Lunatic asylums United Provinces 1909-1921 - 1909-1921
Year: 1909
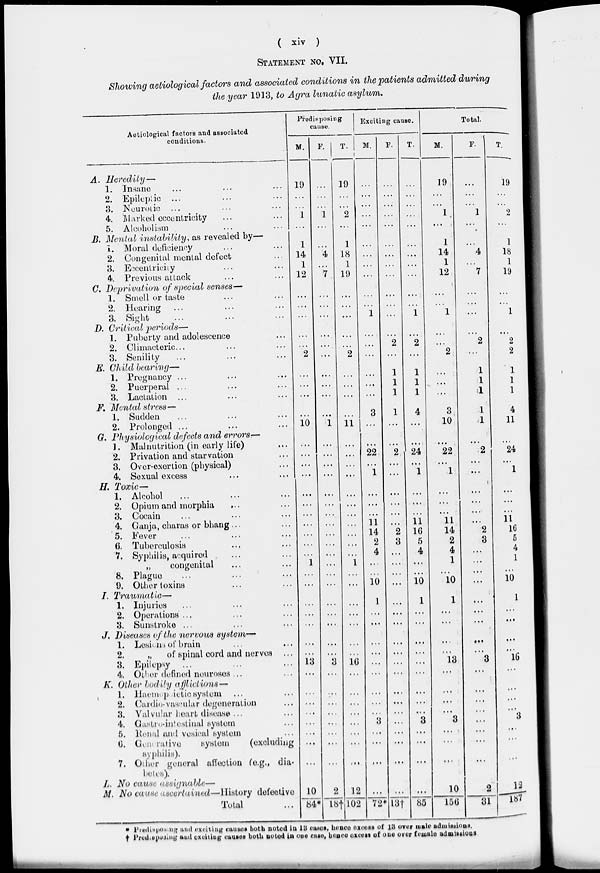
( xiv )
STATEMENT no. VII.
Showing aetiological factors and associated conditions in the patients admitted during
the year 1913, to Agra lunatic asylum.
Aeticlogical factors and associated
conditions.
A. Heredity —
1. Insane
2. Epileptic ...
3. Neurotic ...
4. Marked eccentricity
5. Alcoholism
B. Menial instability, as revealed by—
1. Moral deficiency
2. Congenital mental defect
3. Eccentricity
4. Previous attack
C. Deprivation of special senses—
1. Smell or taste
2. Hearing
3. Sight
...
D. Critical periods—
1. Puberty and adolescence
2. Climacteric...
3. Senility
E. Child bearing—
1. Pregnancy ...
2. Puerperal ...
3. Lactation
F. Mental stress—
1. Sudden
2. Prolonged ...
G. Physiological defects and errors—
1. Malnutrition (in early life)
2. Privation and starvation
3. Over-exertion (physical)
4. Sexual excess
H. Toxic—
1. Alcohol
2. Opium and morphia
3. Cocain
4. Ganja, charas or bhang ...
5. Fever
6. Tuberculosis
7. Syphilis, acquired
„
congenital
8. Plague
9. Other toxins
I. Traumatic—
1. Injuries
2. Operations ...
3. Sunstroke ...
J. Diseases of the nervous system—
1. Lesions of brain
2.
„
of spinal cord and nerves
3. Epilepsy
4. Oilier defined neuroses ...
K. Other bodily afflictions—
1. Haemep ietic system
2. Cardio-vascular degeneration
3. Valvular heart disease ...
4. Castro-intestinal system
5. Renal and vesical system
6.
Generative
system
(excluding
syphilis).
7. Other general affection (e.g., dia.
betes).
L. No cause assignable—
M. No cause ascertained—History defective
Total
Predisposing
cause.
M.
19
...
...
1
...
1
14
1
12
...
...
...
...
...
2
...
...
...
...
10
...
...
...
...
...
...
...
...
...
...
...
1
...
...
...
...
...
...
...
13
...
...
...
...
...
...
...
...
10
84*
F.
...
...
...
1
...
...
4
...
7
...
...
...
...
...
...
...
...
...
...
1
...
...
...
...
...
...
...
...
...
...
...
...
...
...
...
...
...
...
...
3
...
...
...
...
...
...
...
...
2
18†
T.
19
...
...
2
...
1
18
1
19
...
...
...
...
...
2
...
...
...
...
11
...
...
...
...
...
...
...
...
...
...
...
1
...
...
...
...
...
...
16
...
...
...
...
...
...
...
...
12
102
Exciting cause.
M.
...
...
...
...
...
...
...
...
...
...
...
1
...
...
...
...
...
...
3
...
...
22
...
1
...
...
...
11
14
2
4
...
...
10
1
...
...
...
...
...
...
...
...
...
3
...
...
...
...
72*
F.
...
...
...
...
...
...
...
...
...
...
...
...
...
2
...
1
1
1
1
...
...
2
...
...
...
...
...
...
2
3
...
...
...
...
...
...
...
...
...
...
...
. ...
...
...
...
...
...
...
...
13†
T.
...
...
...
...
...
...
...
...
...
...
...
1
...
2
...
1
1
1
4
...
...
24
...
1
...
...
...
11
16
5
4
...
...
10
1
...
...
...
...
...
...
...
...
...
3
...
...
...
...
85
Total.
M.
19
...
...
1
...
1
14
1
12
...
...
1
...
...
2
...
...
...
3
10
...
22
...
1
...
...
...
11
14
2
4
1
...
10
1
...
...
...
...
13
...
...
...
...
3
...
...
...
10
156
F.
...
...
...
1
...
...
4
...
7
...
...
...
...
2
...
1
1
1
1
1
...
2
...
...
...
...
...
...
2
3
...
...
...
...
...
...
...
...
...
3
...
...
...
...
...
...
...
...
2
31
T.
19
...
...
2
...
1
18
1
19
...
...
1
...
2
2
1
1
1
4
11
...
24
...
1
...
...
...
11
16
5
4
1
...
10
1
...
...
...
...
16
...
...
...
...
3
...
...
...
12
187
* Predisposing and exciting causes both noted in 13 cases, hence excess of 13 over male admissions.
† Predisposing and exciting causes both noted in one case, hence excess of one over female admissions.